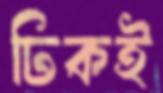
ঢিকই